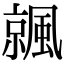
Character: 𩘁